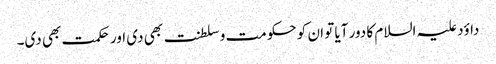
داؤد علیہ السلام کا دور آیا تو ان کو حکومت و سلطنت بھی دی اور حکمت بھی دی۔